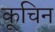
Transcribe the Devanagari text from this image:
कूचिन